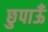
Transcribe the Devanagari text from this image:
छुपाऊँ